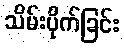
သိမ်းပိုက်ခြင်း